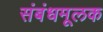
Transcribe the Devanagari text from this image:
संबंधमूलक